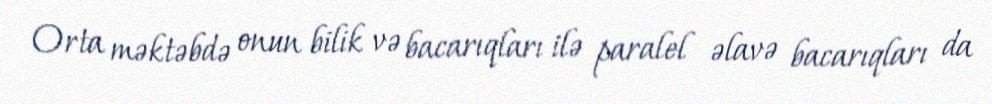
Orta məktəbdə onun bilik və bacarıqları ilə paralel əlavə bacarıqları da